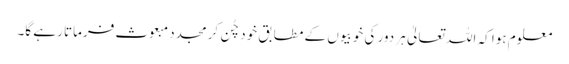
معلوم ہوا کہ اللہ تعالیٰ ہر دور کی خوبیوں کے مطابق خود چُن کر مجدد مبعوث فرماتا رہے گا۔